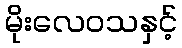
မိုးလေဝသနှင့်